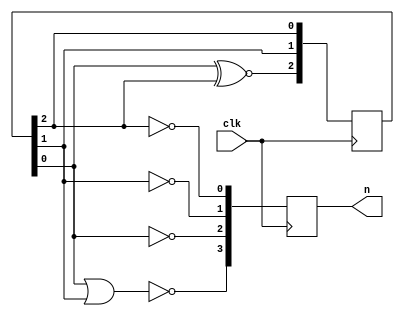
module randomNumber1(clk, n);
    input clk;
    output reg [3:0] n;
    reg [2:0] Q;
    
    always @(posedge clk)
    begin
        Q <= {Q[0] ~^ Q[2], Q[1], Q[2]};
        n = {~(Q[0] | Q[1]), ~Q[0], ~Q[1], ~Q[2]};
    end
    
endmodule

module randomNumber2(clk, n);
    input clk;
    output reg [3:0] n;
    reg [2:0] Q;
    
    always @(posedge clk)
    begin
        Q <= {Q[1] ~^ Q[2], Q[1], Q[2]};
        n = {~(Q[0] | Q[1]), ~Q[0], ~Q[1], ~Q[2]};
    end
    
endmodule

module randomNumber3(clk, n);
    input clk;
    output reg [3:0] n;    
    reg [2:0] Q;
    
    always @(posedge clk)
    begin
        Q <= {Q[0] ~^ Q[2], Q[1], Q[2]};
        n = {~(Q[0] | Q[1]), Q[0], Q[1], Q[2]};
    end
    
endmodule

module randomNumber4(clk, n);
    input clk;
    output reg [3:0] n;    
    reg [2:0] Q;
    
    always @(posedge clk)
    begin
        Q <= {Q[1] ~^ Q[2], Q[1], Q[2]};
        n = {~(Q[0] | Q[1]), Q[0], Q[1], Q[2]};
    end
    
endmodule